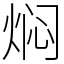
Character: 焖